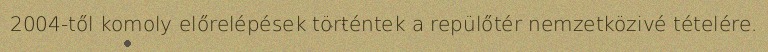
2004-től komoly előrelépések történtek a repülőtér nemzetközivé tételére.